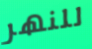
للنهر